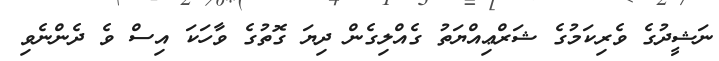
ނަޝީދުގެ ވެރިކަމުގެ ޝަރްޢިއްޔަތު ގެއްލިގެން ދިޔަ ގޮތުގެ ވާހަކަ އިސް ވެ ދެންނެވި